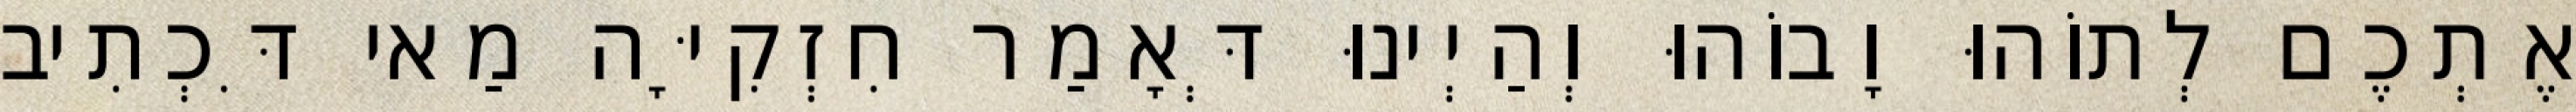
אֶתְכֶם לְתוֹהוּ וָבוֹהוּ וְהַיְינוּ דְּאָמַר חִזְקִיָּה מַאי דִּכְתִיב